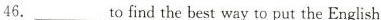
46，___tofind the best way to put the English